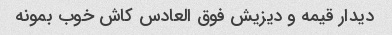
دیدار قیمه و دیزیش فوق العادس کاش خوب بمونه